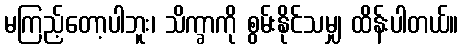
မကြည့်တော့ပါဘူး၊ သိက္ခာကို စွမ်းနိုင်သမျှ ထိန်းပါတယ်။